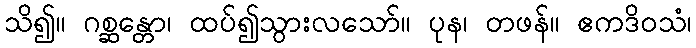
သိ၍။ ဂစ္ဆန္တော၊ ထပ်၍သွားလသော်။ ပုန၊ တဖန်။ ဧကဒိဝသံ၊